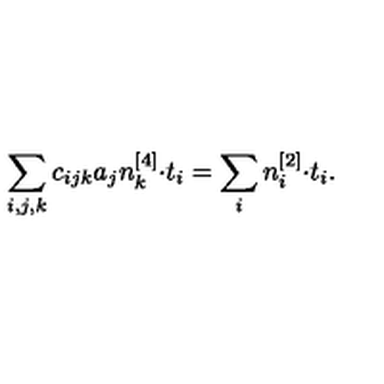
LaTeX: \sum _ { i , j , k } c _ { i j k } a _ { j } n _ { k } ^ { [ 4 ] } { \cdot } t _ { i } = \sum _ { i } n _ { i } ^ { [ 2 ] } { \cdot } t _ { i } .